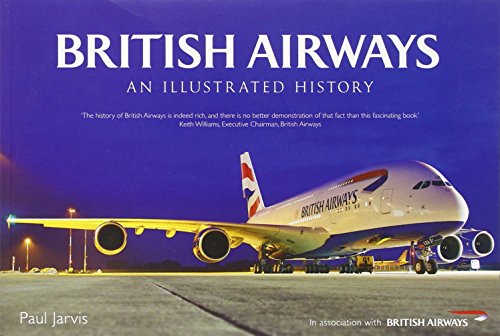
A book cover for British Airways: An Illustrated History; Paul Jarvis; Arts & Photography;